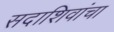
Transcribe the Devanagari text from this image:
सदाशिवांचा